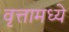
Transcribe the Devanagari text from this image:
वृत्तामध्ये